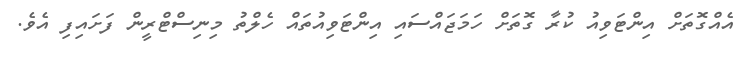
އެއްގޮތަށް އިންޓަވިއު ކުރާ ގޮތަށް ހަމަޖައްސައި އިންޓަވިއުތައް ހެލްތު މިނިސްޓްރީން ފަށައިފި އެވެ.